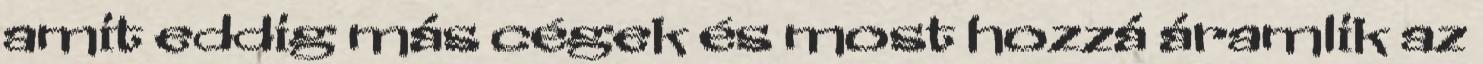
amit eddig más cégek és most hozzá áramlik az